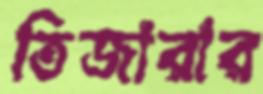
তিজারার